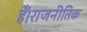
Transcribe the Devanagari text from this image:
हैं।राजनीतिक